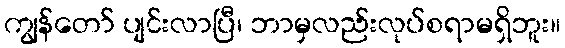
ကျွန်တော် ပျင်းလာပြီ၊ ဘာမှလည်းလုပ်စရာမရှိဘူး။